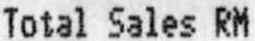
TOTAL SALES RM